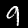
Digit: 9